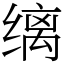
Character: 缡